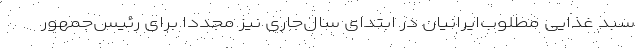
سبد غذایی مطلوب‌ایرانیان در ابتدای سال‌جاری نیز مجددا برای رئیس‌جمهور